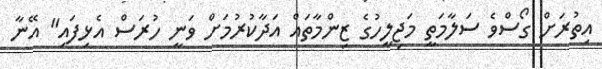
އިތުރަށް ގޯސްވެ ސަލާމަތީ މަޖިލީހުގެ ޒިންމާތައް އަދާކުރުމަށް ވަނީ ހުރަސް އެޅިފައި" އޭނާ